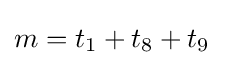
m=t_{1}+t_{8}+t_{9}\